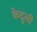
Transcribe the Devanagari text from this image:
केदुली